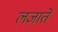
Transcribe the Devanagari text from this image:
लजाते